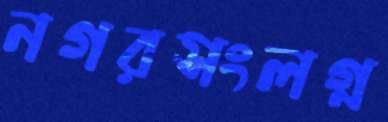
নগরসংলগ্ন